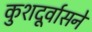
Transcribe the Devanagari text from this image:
कुशदूर्वासने